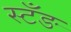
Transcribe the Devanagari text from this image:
स्टँङ